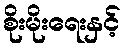
စိုးမိုးရေးနှင့်